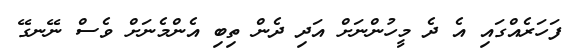
ފަހަރެއްގައި އެ ދެ މީހުންނަށް އަދި ދެން ތިބި އެންމެނަށް ވެސް ނޭނގޭ